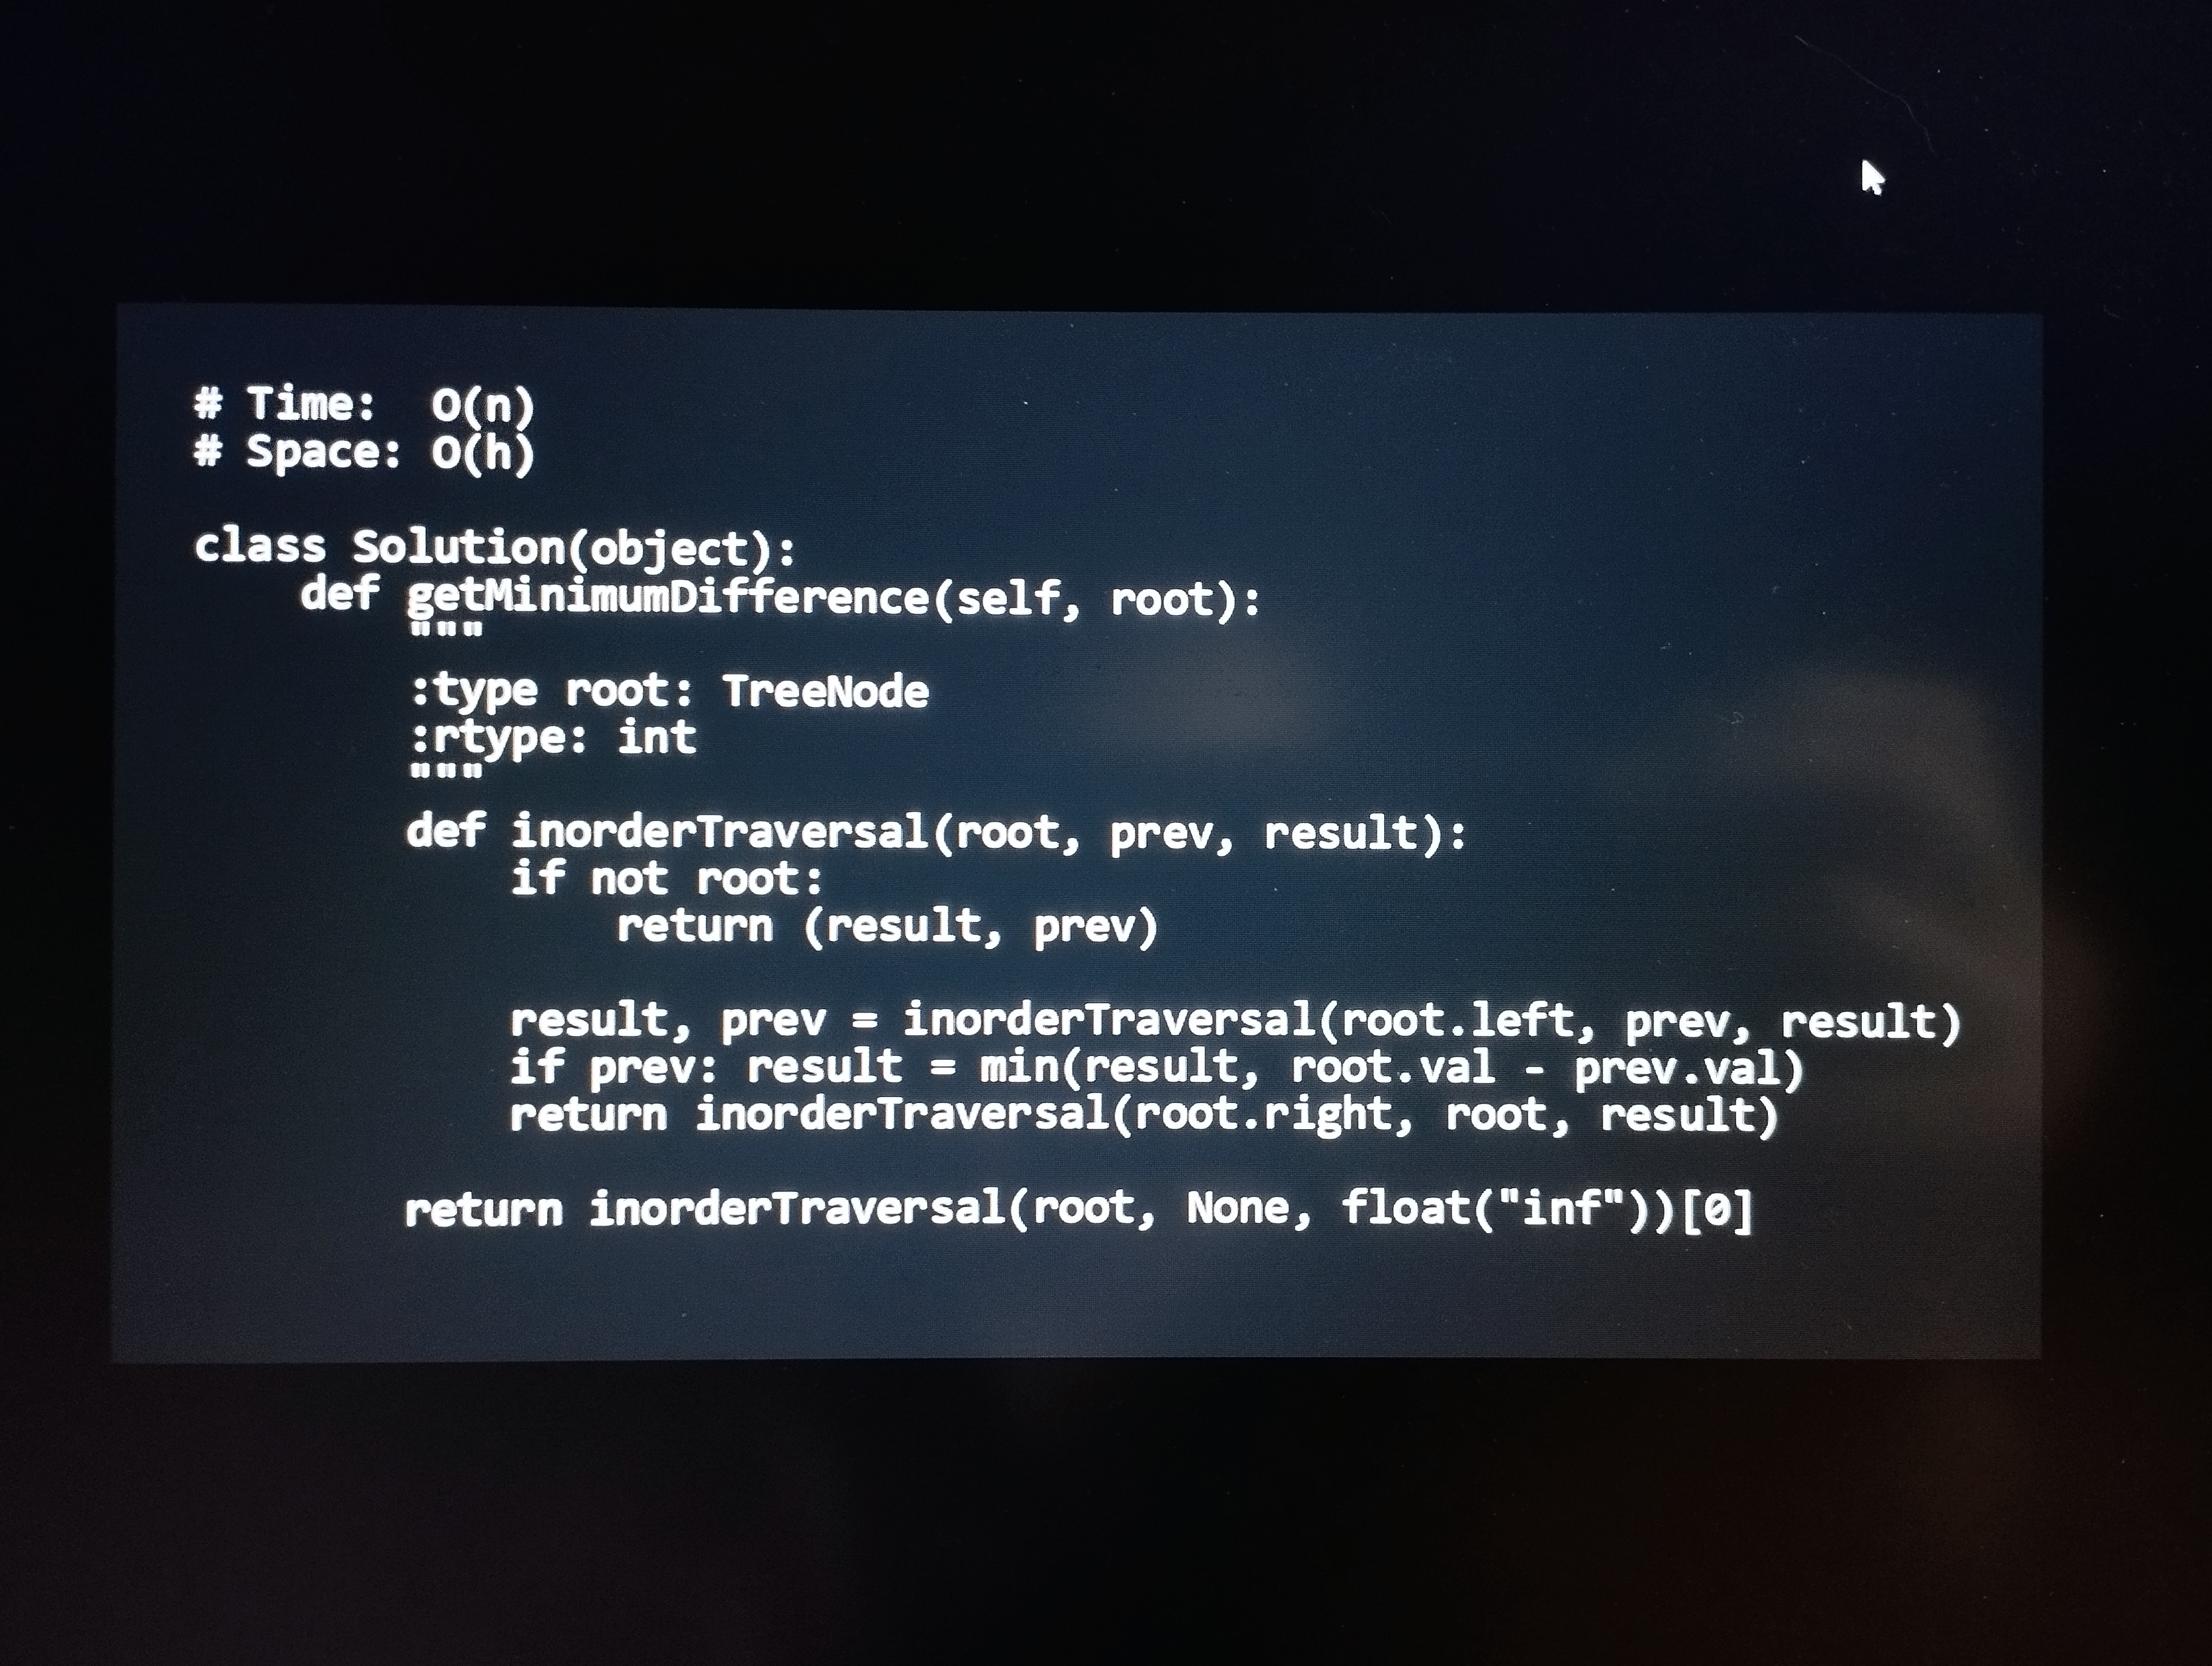
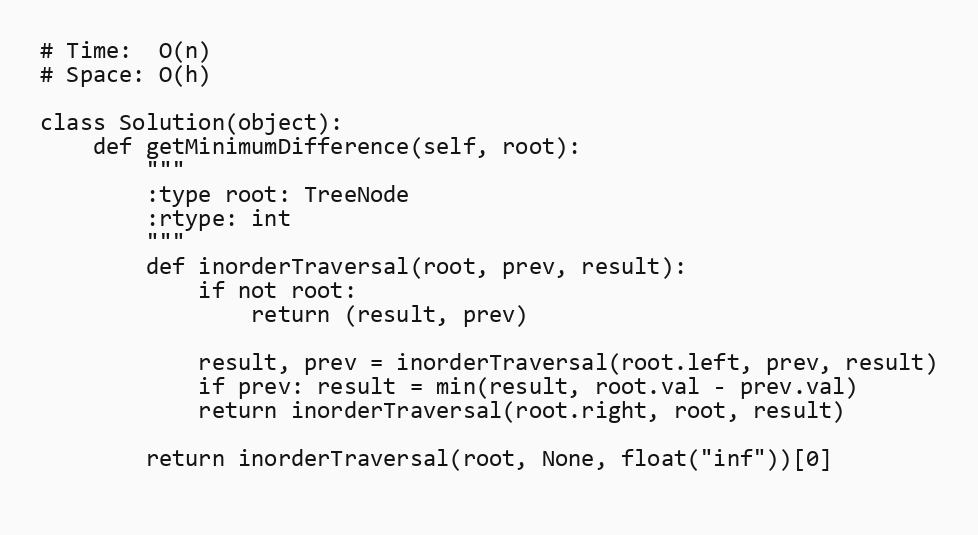
# Time:  O(n)
# Space: O(h)

class Solution(object):
    def getMinimumDifference(self, root):
        """
        :type root: TreeNode
        :rtype: int
        """
        def inorderTraversal(root, prev, result):
            if not root:
                return (result, prev)

            result, prev = inorderTraversal(root.left, prev, result)
            if prev: result = min(result, root.val - prev.val)
            return inorderTraversal(root.right, root, result)

        return inorderTraversal(root, None, float("inf"))[0]